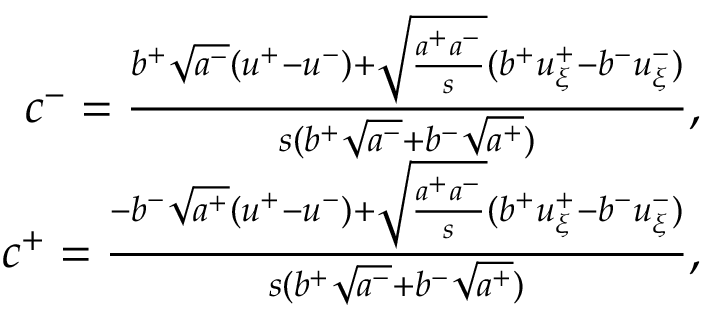
\begin{array} { r } { c ^ { - } = \frac { b ^ { + } \sqrt { a ^ { - } } ( u ^ { + } - u ^ { - } ) + \sqrt { \frac { a ^ { + } a ^ { - } } { s } } ( b ^ { + } u _ { \xi } ^ { + } - b ^ { - } u _ { \xi } ^ { - } ) } { s ( b ^ { + } \sqrt { a ^ { - } } + b ^ { - } \sqrt { a ^ { + } } ) } , } \\ { c ^ { + } = \frac { - b ^ { - } \sqrt { a ^ { + } } ( u ^ { + } - u ^ { - } ) + \sqrt { \frac { a ^ { + } a ^ { - } } { s } } ( b ^ { + } u _ { \xi } ^ { + } - b ^ { - } u _ { \xi } ^ { - } ) } { s ( b ^ { + } \sqrt { a ^ { - } } + b ^ { - } \sqrt { a ^ { + } } ) } , } \end{array}